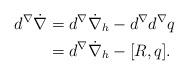
LaTeX: \begin{align*} d^\nabla \dot \nabla & = d^\nabla \dot \nabla_h -d^\nabla d^\nabla q\\ & =d^\nabla \dot \nabla_h - [R, q]. \end{align*}